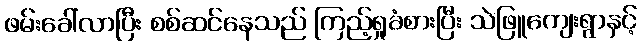
ဖမ်းခေါ်လာပြီး စစ်ဆင်နေသည် ကြည့်ရှုခံစားပြီး သဲဖြူကျေးရွာနှင့်